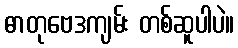
ဓာတုဗေဒကျမ်း တစ်ဆူပါပဲ။